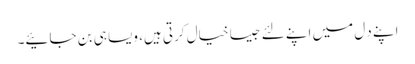
اپنے دِل میں اپنے لئے جیسا خیال کرتی ہیں، ویسا ہی بن جائیے۔